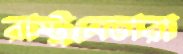
রাষ্ট্রনেতারা